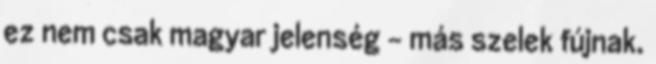
ez nem csak magyar jelenség – más szelek fújnak.